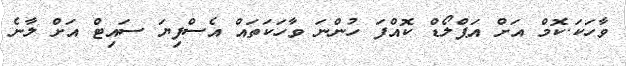
ވާހަކަ.ކޮމް އަށް އަޕްލޯޑް ކޮއްފަ ހުންނަ ވާހަކަތައް އެސްފިޔަ ސައިޓް އަށް ލާނެ